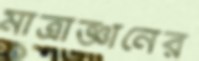
মাত্রাজ্ঞানের